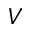
V